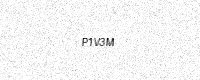
Text: P1V3M